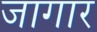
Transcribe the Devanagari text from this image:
जागार